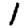
Digit: 1